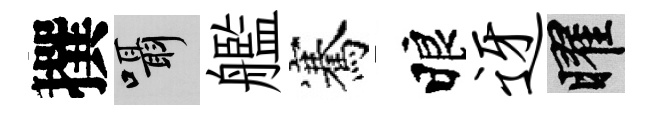
撰囁艦騫睱迓曜